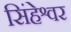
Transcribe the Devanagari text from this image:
सिंहेश्वर